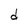
Character: d